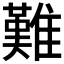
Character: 難